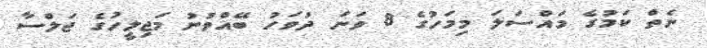
ނެތް ކަމުގެ މައްސަލަ މިމަހުގެ 8 ވަނަ ދުވަހު ބޭއްވުނު މަޖިލީހުގެ ޖަލްސާ